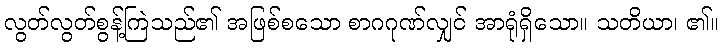
လွတ်လွတ်စွန့်ကြဲသည်၏ အဖြစ်စသော စာဂဂုဏ်လျှင် အာရုံရှိသော။ သတိယာ၊ ၏။